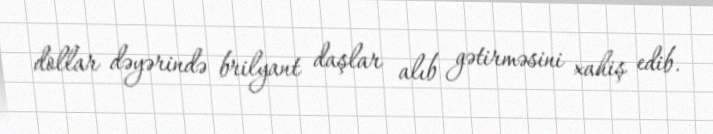
dollar dəyərində brilyant daşlar alıb gətirməsini xahiş edib.